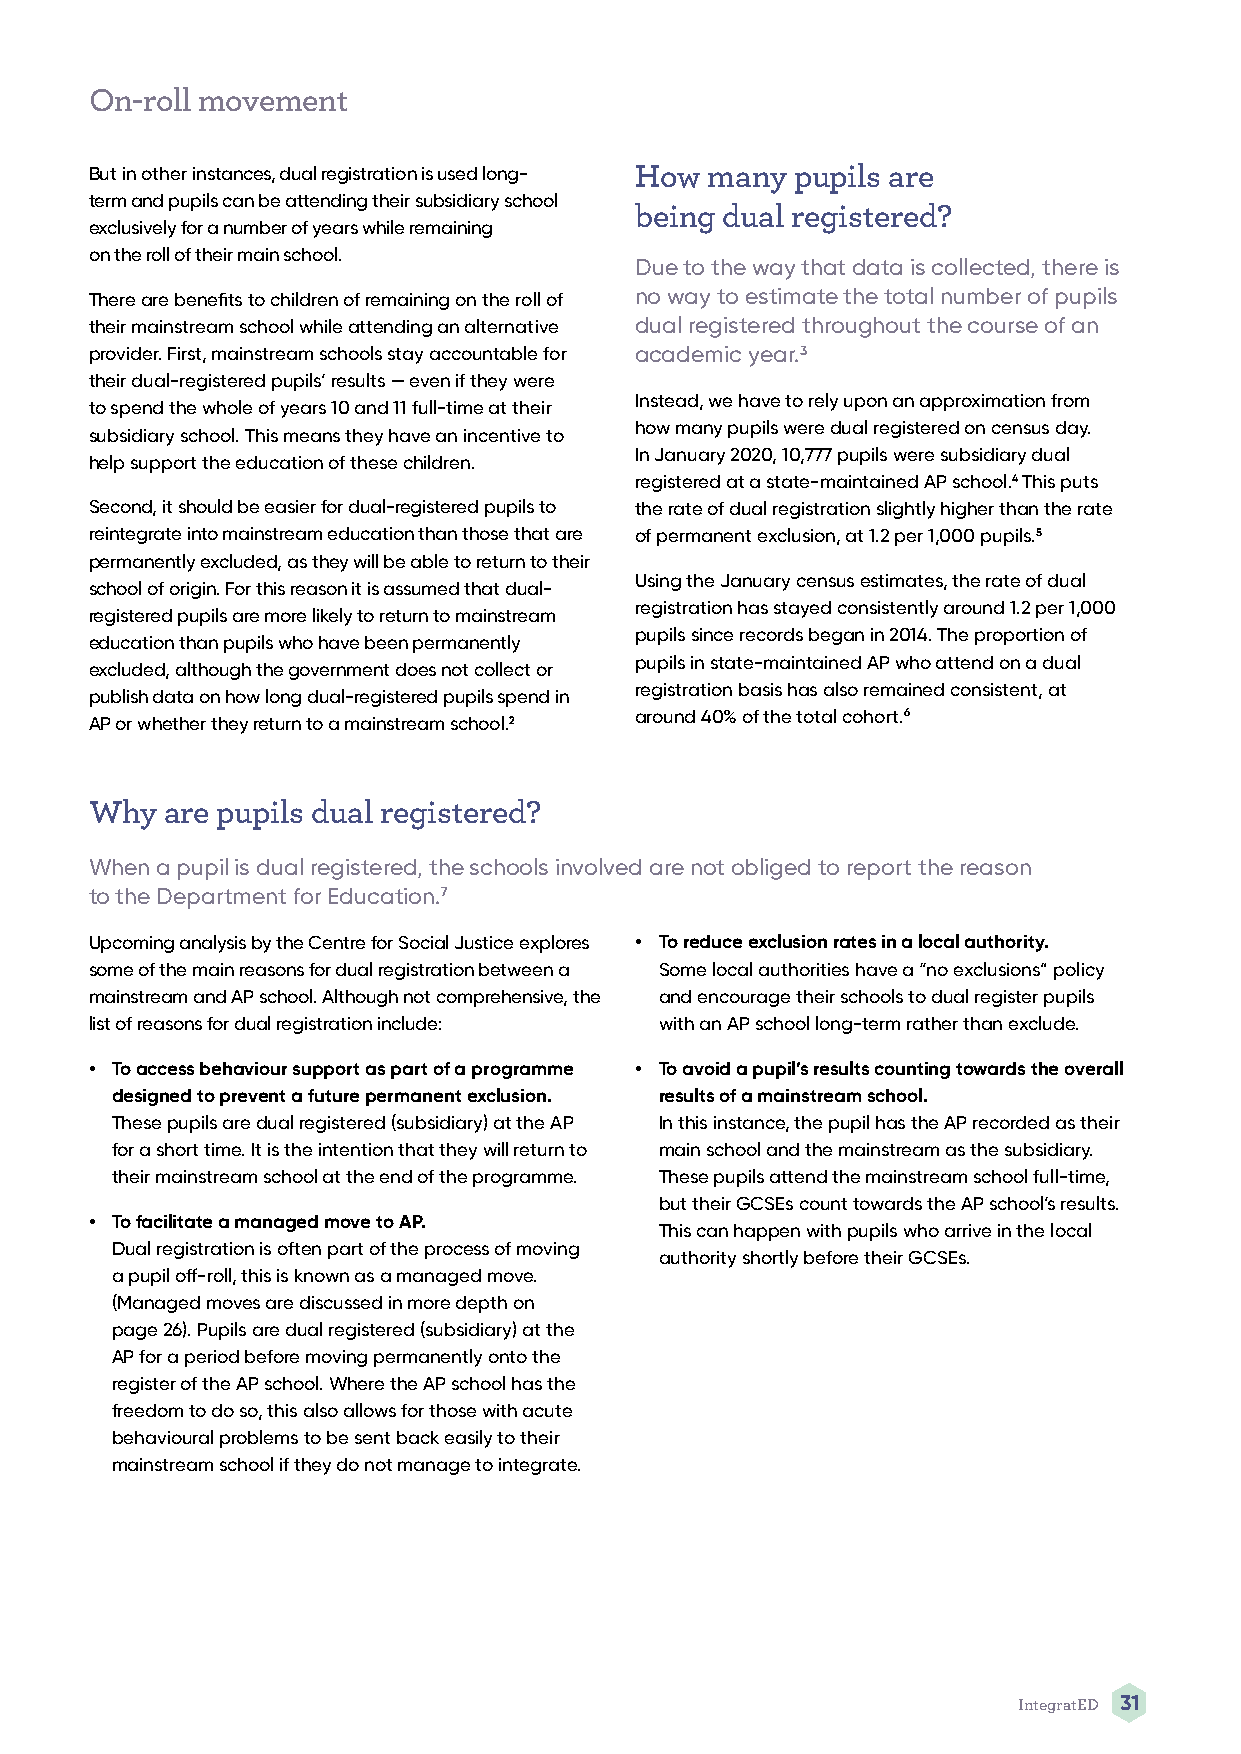
On-roll movement
 But in other instances, dual registration is used long- How many pupils are
 term and pupils can be attending their subsidiary school
 being dual registered?
 exclusively for a number of years while remaining
 on the roll of their main school.
 Due to the way that data is collected, there is
 There are benefits to children of remaining on the roll of no way to estimate the total number of pupils
 their mainstream school while attending an alternative dual registered throughout the course of an
 provider. First, mainstream schools stay accountable for academic year.3
 their dual-registered pupils’ results — even if they were
 Instead, we have to rely upon an approximation from
 to spend the whole of years 10 and 11 full-time at their
 how many pupils were dual registered on census day.
 subsidiary school. This means they have an incentive to
 In January 2020, 10,777 pupils were subsidiary dual
 help support the education of these children.
 registered at a state-maintained AP school.4 This puts
 Second, it should be easier for dual-registered pupils to the rate of dual registration slightly higher than the rate
 reintegrate into mainstream education than those that are of permanent exclusion, at 1.2 per 1,000 pupils.5
 permanently excluded, as they will be able to return to their
 Using the January census estimates, the rate of dual
 school of origin. For this reason it is assumed that dual-
 registration has stayed consistently around 1.2 per 1,000
 registered pupils are more likely to return to mainstream
 pupils since records began in 2014. The proportion of
 education than pupils who have been permanently
 pupils in state-maintained AP who attend on a dual
 excluded, although the government does not collect or
 registration basis has also remained consistent, at
 publish data on how long dual-registered pupils spend in
 around 40% of the total cohort.6
 AP or whether they return to a mainstream school.2
 Why  are pupils dual registered?
 When a pupil is dual registered, the schools involved are not obliged to report the reason
 to the Department for Education.7
 Upcoming analysis by the Centre for Social Justice explores • To reduce exclusion rates in a local authority.
 some of the main reasons for dual registration between a Some local authorities have a “no exclusions” policy
 mainstream and AP school. Although not comprehensive, the and encourage their schools to dual register pupils
 list of reasons for dual registration include: with an AP school long-term rather than exclude.
 • To access behaviour support as part of a programme • To avoid a pupil’s results counting towards the overall
 designed to prevent a future permanent exclusion. results of a mainstream school.
 These pupils are dual registered (subsidiary) at the AP In this instance, the pupil has the AP recorded as their
 for a short time. It is the intention that they will return to main school and the mainstream as the subsidiary.
 their mainstream school at the end of the programme. These pupils attend the mainstream school full-time,
 but their GCSEs count towards the AP school’s results.
 • To facilitate a managed move to AP.
 This can happen with pupils who arrive in the local
 Dual registration is often part of the process of moving
 authority shortly before their GCSEs.
 a pupil off-roll, this is known as a managed move.
 (Managed moves are discussed in more depth on
 page 26). Pupils are dual registered (subsidiary) at the
 AP for a period before moving permanently onto the
 register of the AP school. Where the AP school has the
 freedom to do so, this also allows for those with acute
 behavioural problems to be sent back easily to their
 mainstream school if they do not manage to integrate.
 IntegratED 31